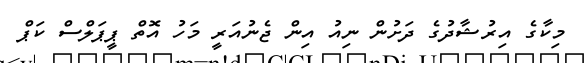
މިކާގެ އިރުޝާދުގެ ދަށުން ނިއު އިން ޖެނުއަރީ މަހު އޮތް ޕީޕަލްސް ކަޕް